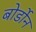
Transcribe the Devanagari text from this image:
बोर्डोन